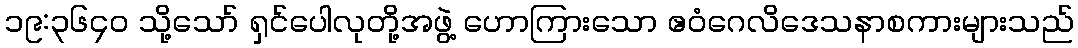
၁၉:၃၆၄၀ သို့သော် ရှင်ပေါလုတို့အဖွဲ့ ဟောကြားသော ဧဝံဂေလိဒေသနာစကားများသည်